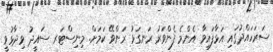
ސަރަހައްދުގައި އަޅާފައިވާ އެންމެ ފެންވަރު ރަނގަޅު ރަންވޭ ކަމަށް. މިނިސްޓަރ ސައީދު ވިދާޅުވީ